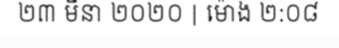
២៣ មីនា ២០២០ | ម៉ោង ២:០៨